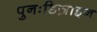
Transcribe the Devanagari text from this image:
पुनःडिज़ाइन